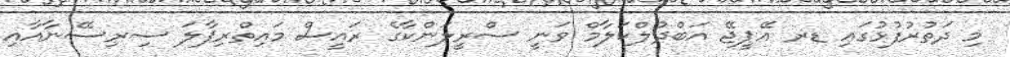
މި ދަތުރުފުޅުގައި ޑރ އޭޕީޖޭ އަބްދުލްކަލާމް ވަނީ ސްރީލަންކާގެ ރައީސް މައިތްރިޕާލަ ސިރިސޭނާއާއި